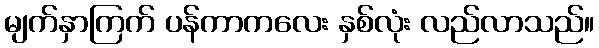
မျက်နှာကြက် ပန်ကာကလေး နှစ်လုံး လည်လာသည်။